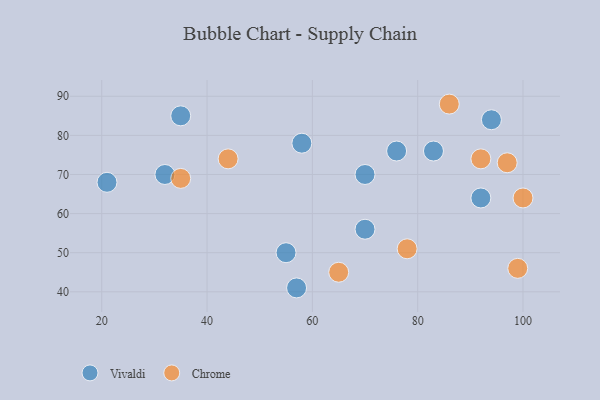
{"axis": {"x": "GDP", "y": "Life Expectancy"}, "legend": ["Chrome", "Vivaldi"], "data": [{"x": "35", "y": 85, "type": "Vivaldi"}, {"x": "32", "y": 70, "type": "Vivaldi"}, {"x": "21", "y": 68, "type": "Vivaldi"}, {"x": "70", "y": 56, "type": "Vivaldi"}, {"x": "92", "y": 64, "type": "Vivaldi"}, {"x": "83", "y": 76, "type": "Vivaldi"}, {"x": "70", "y": 70, "type": "Vivaldi"}, {"x": "58", "y": 78, "type": "Vivaldi"}, {"x": "55", "y": 50, "type": "Vivaldi"}, {"x": "76", "y": 76, "type": "Vivaldi"}, {"x": "94", "y": 84, "type": "Vivaldi"}, {"x": "57", "y": 41, "type": "Vivaldi"}, {"x": "92", "y": 74, "type": "Chrome"}, {"x": "65", "y": 45, "type": "Chrome"}, {"x": "44", "y": 74, "type": "Chrome"}, {"x": "100", "y": 64, "type": "Chrome"}, {"x": "35", "y": 69, "type": "Chrome"}, {"x": "99", "y": 46, "type": "Chrome"}, {"x": "97", "y": 73, "type": "Chrome"}, {"x": "78", "y": 51, "type": "Chrome"}, {"x": "86", "y": 88, "type": "Chrome"}]}